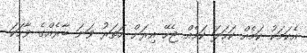
އެކަމަކު ކަމެއް ކަހަލަ ކަމެއް ޖެހޭ އިރަށް ހަތަރު ވަނަ ބާރެއްގެ ވާހަކަ